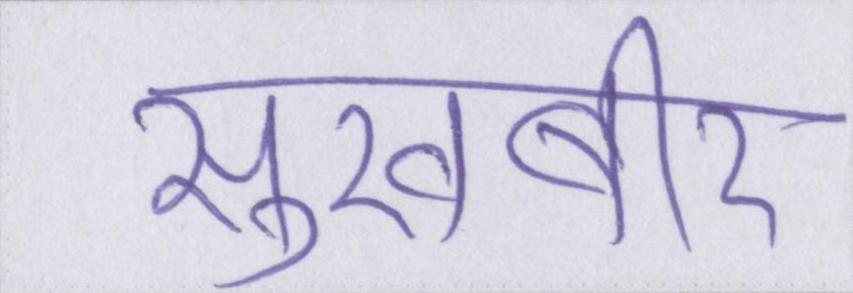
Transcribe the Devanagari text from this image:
सुखबीर